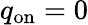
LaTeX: q_{\mathrm{on}}=0